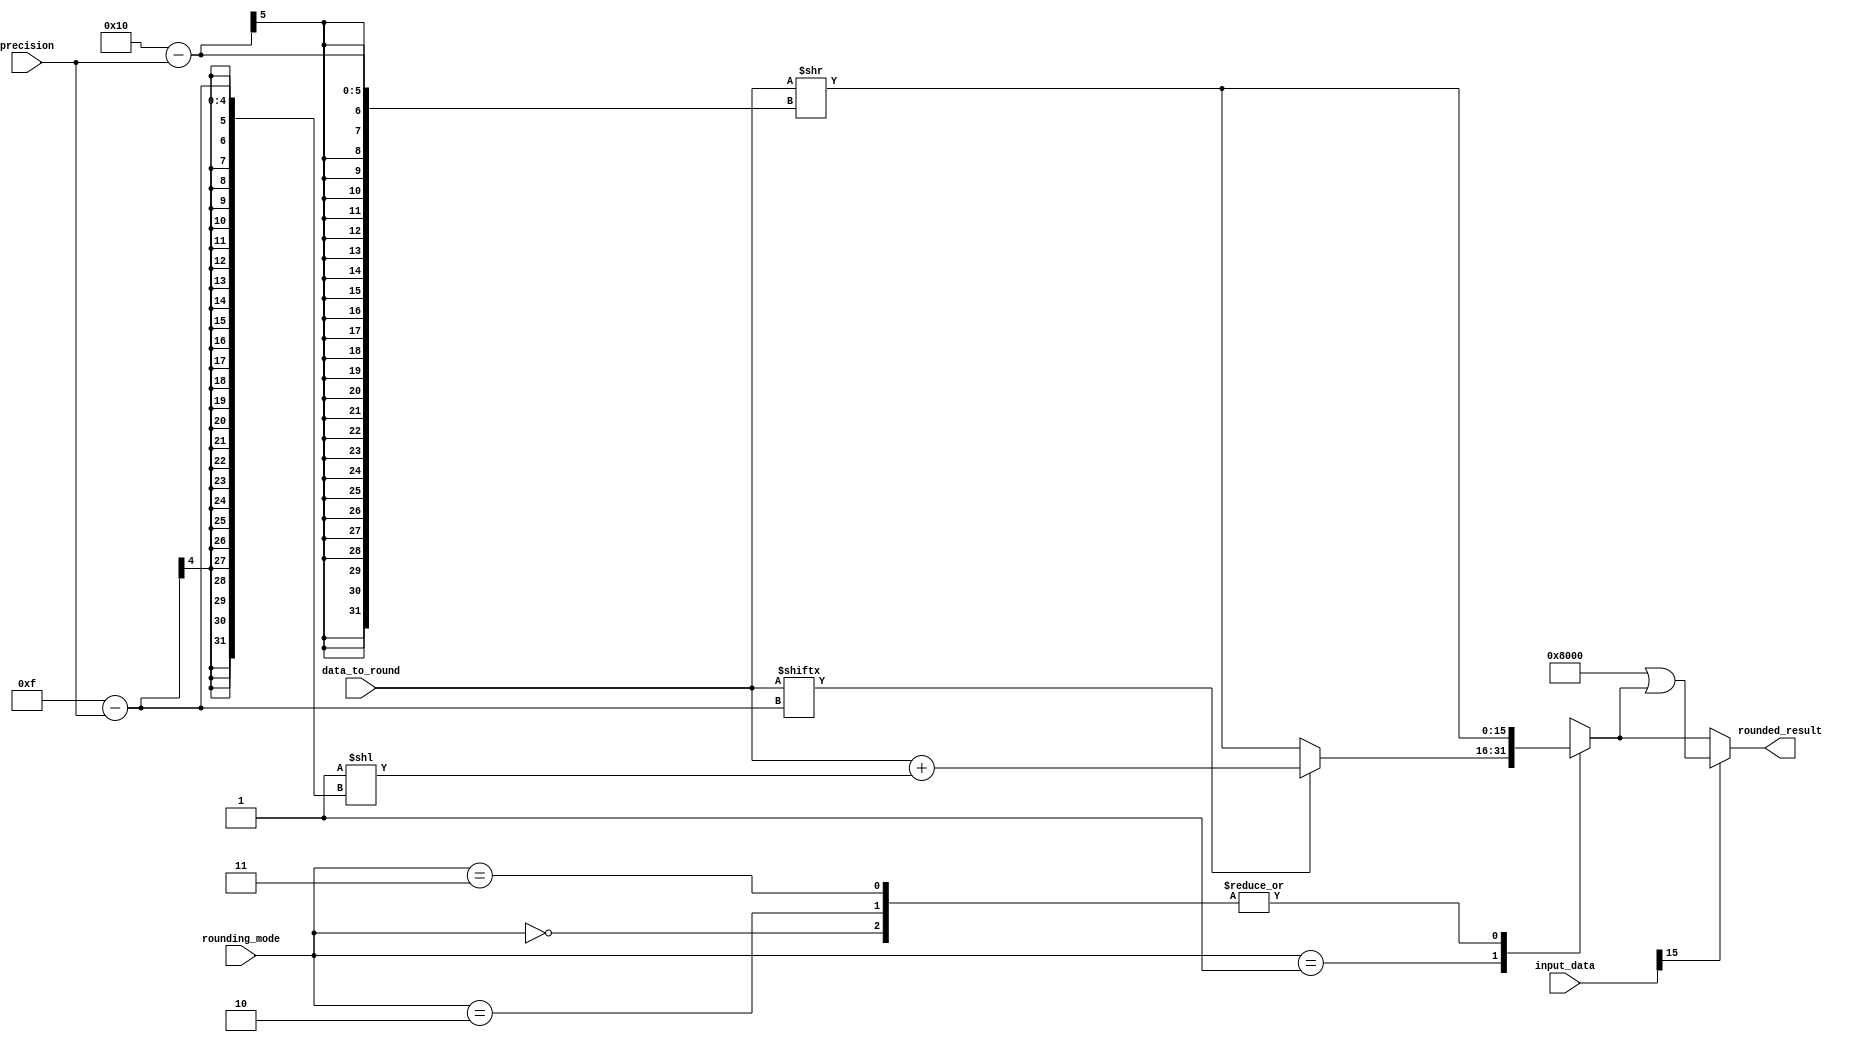
module fixed_point_rounding_unit (
    input wire [15:0] input_data,
    input wire [15:0] data_to_round,
    input wire [1:0] rounding_mode,
    input wire [1:0] precision,
    output reg [15:0] rounded_result
);

reg [15:0] result;

// Perform fixed-point arithmetic operations
always @* begin
    case (rounding_mode)
        2'b00: result = data_to_round >> (16 - precision); // Round towards zero
        2'b01: begin
            if (data_to_round[15 - precision] == 1) 
                result = data_to_round + (16'h0001 << (15 - precision)); // Round up
            else
                result = data_to_round >> (16 - precision); // Round down
        end
        2'b10: result = data_to_round >> (16 - precision); // Round towards -infinity
        2'b11: result = data_to_round >> (16 - precision); // Round towards +infinity
    endcase
end

// Output the rounded result
always @* begin
    if (input_data[15] == 1)
        rounded_result = 16'h8000 | result; // Negative number
    else
        rounded_result = result; // Positive number
end

endmodule